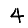
Digit: 4